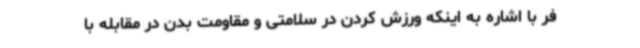
فر با اشاره به اینکه ورزش کردن در سلامتی و مقاومت بدن در مقابله با